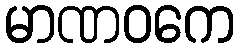
မာဏဝကေ